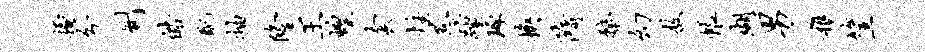
掩分劂皓配抽隆王蝗套炷惹踵琢换隋蝥幻敖帐瑚男稚筐